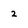
Character: 2